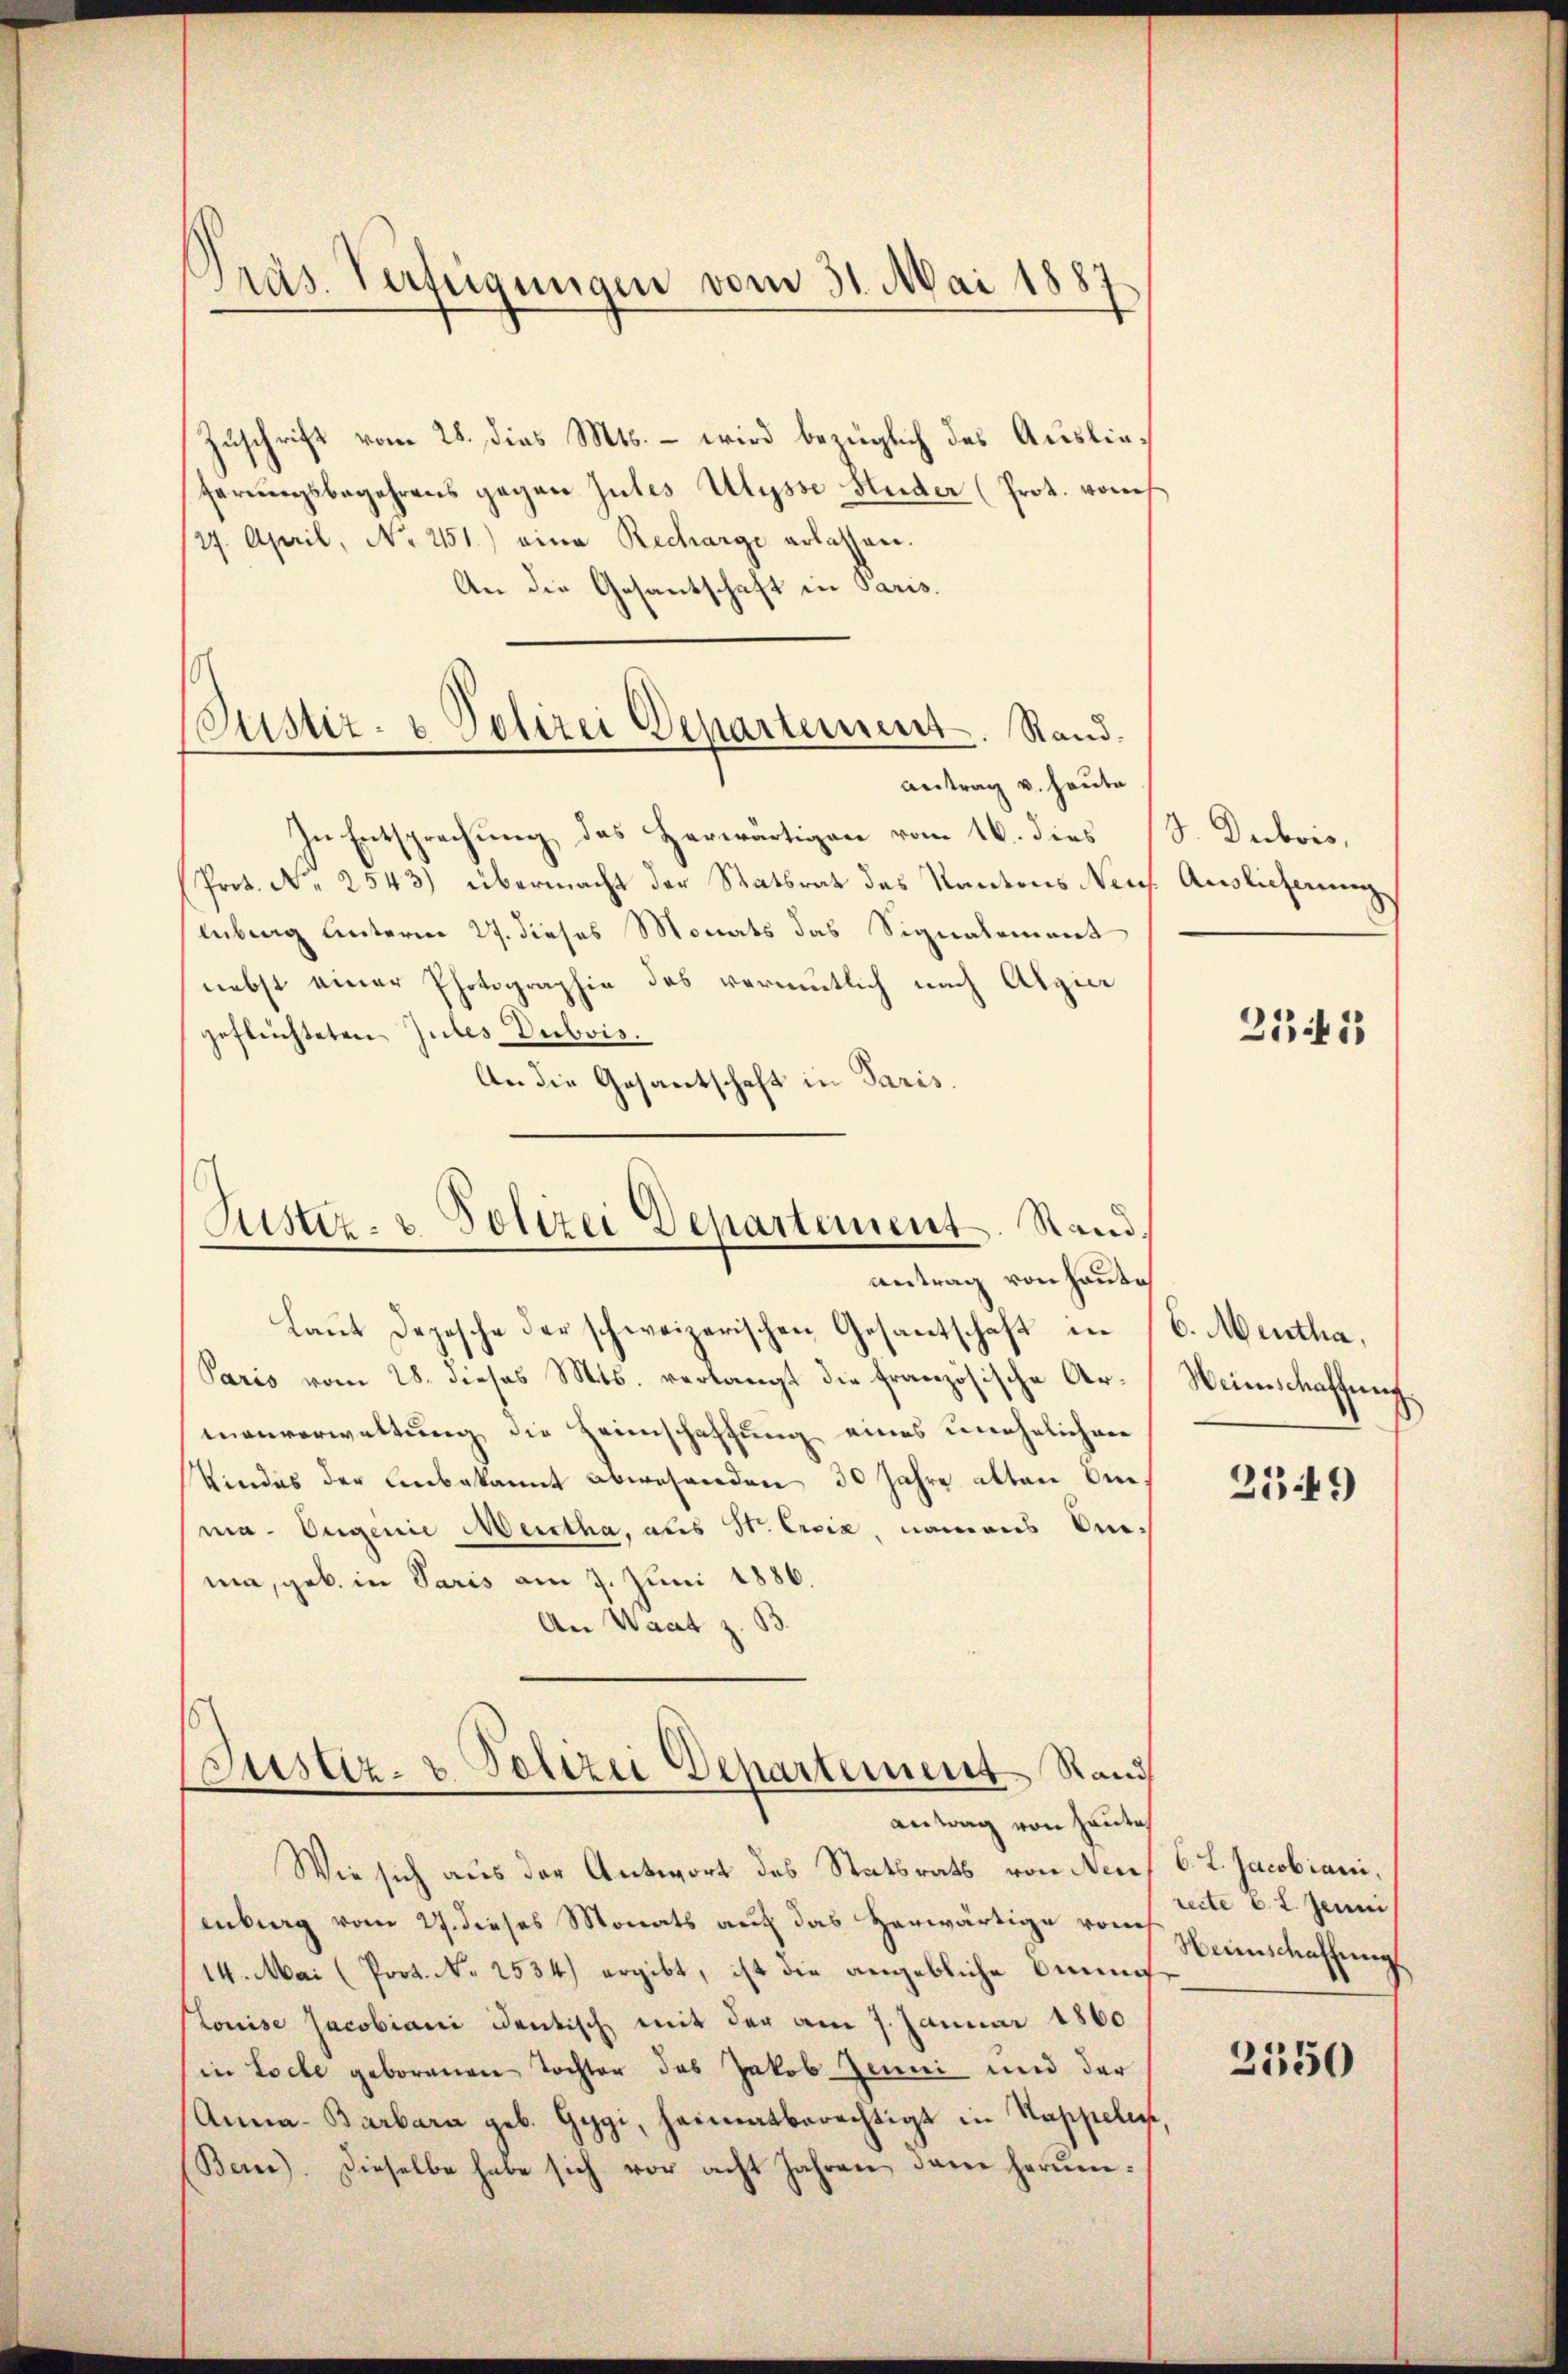
Präs. Verfügungen vom 31. Mai 1887.

Justiz- & Polizei Departement. Stand.
antrag v. heute

Zuschrift vom 28. dies Mts. – wird bezüglich des Auslieferungsbegehrens gegen Gutes Ulysse Huder (Prot. von
(27. April, No. 2151) eine Recharge erlassen.
An die Gesantschaft in Paris.
In Entsprechung des Herwärtigen vom 16. dies
Prot. N. 2543) übermacht der Statsrat des Kantons Neus. Auslieferung
liberg unterm 27. dieses Monats das Signalement
nebst einer Photographie des vermutlich nach Alzin
geflüchteten Gutes Dubois.
An die Gesantschaft in Paris.

Justiz- & Polizei Departement. Stand,
antrag von Hause

laŭt Depesche der schweizerischen Gesantschaft in (6. Mentha,
Paris vom 28. dieses Mts. verlangt die französische Armenverwaltung die Heimschaffung eines unehelichen
Vindes der Unbekannt abwesenden 30 Jahre alten Anma- Eugenie Meistha, aus Str. Ersiz, namens Unnia, geb. in Paris am 7. Juni 1886.
An Waat z. B.

Justiz- & Polizei Departement Rand
antrag von heute

Wie sich aus der Antwort des Statsrath von Neuf 6. L. Jacobiani,
enburg vom 27. dieses Monats auf das herwärtige vom
14. Mai (Prot. N. 2534) ergibt, ist die angebliche Sinn
Louise Jacobiani identisch mit der am 7. Januar 1860
in Loche geborenen Tochter das Jakob Jenni und der
Anna Barbara geb. Gygi, heimatberechtigt in Stappeler,
Bern). Dieselbe habe sich vor acht Jahren dem herum¬

S. Dubois,

2141

Weinschaffung

2349)

recte 6 t. Jenni
Heimschaffung

2550